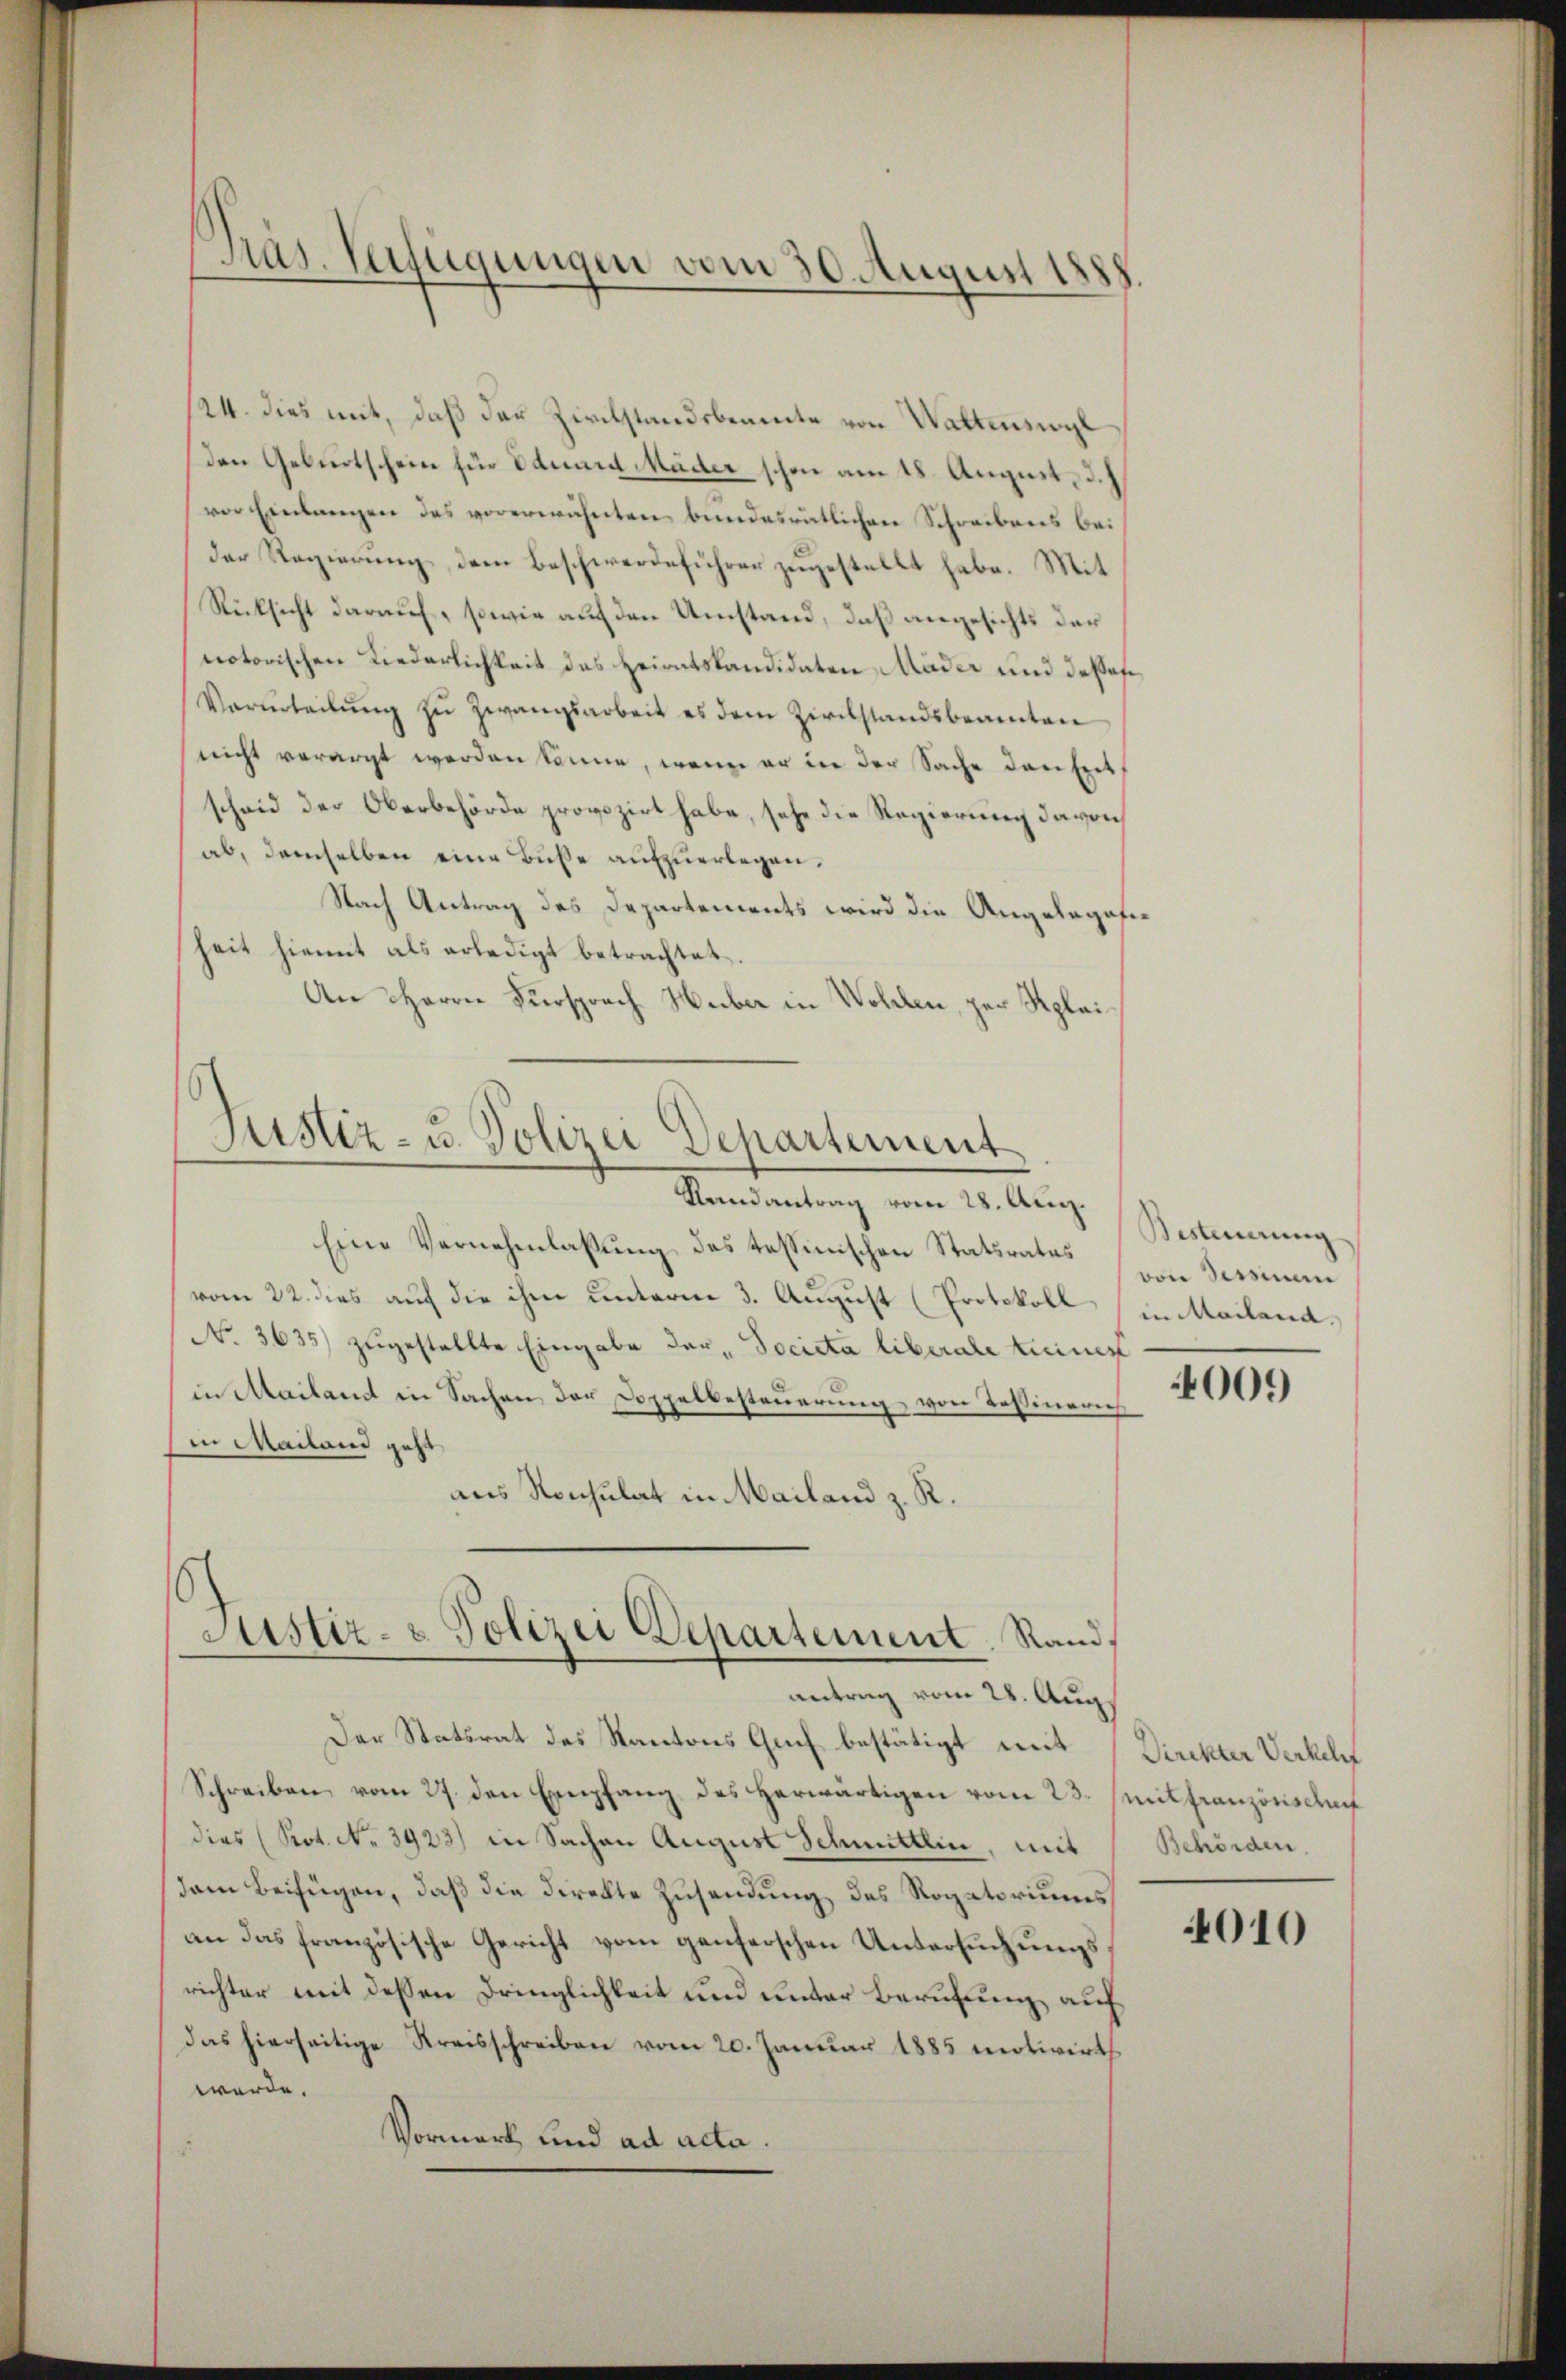
Pras. Verfügungen vom 30. August 1888

24. dies mit, daß der Zivilstandsbeamte von Waltenswyl
den Geburtschein für Eduard Mäder schon am 18. August, d.
vor Einlangen des vorerwähnten bundesrätlichen Schreibens bei
der Regierŭng dem Beschwerdeführer zugestellt habe. Mit
Rücksicht darauf, sowie auf den Umstand, daß angesichts der
notorischen Liederlichkeit des Heiratskandidaten Mäder und dessese
Vorurteilŭng zŭ zwangsarbeit es dem Zirchstandsbeamten
nicht verarzt werden könne, wenn er in der Sache derseit
scheid der Oberbehörde provozirt habe, sehe die Regierung davon
ab, demselben eine Buße aufzuerlegen.
Nach Antrag des Departements wird die Angelagefie
heit hiemit als erledigt betrachtet.
An Herrn Fürsprach Huber in Wolden, per plai

Justiz- u. Polizei Departement
Randantrag vom 28. Aug.

Eine Vernehmlassung des tessinischen Statsrates
vom 22. dies auf die ihm unterne 3. August (Protokoll in Mailand¬
No. 3635) zugestellte Eingabe der „Societa liberale keinest
in Mailand in Sachen der Doppelbesteuerung von Tessinerich
in Mailand geht
aus Rochulat in Mailand z. R.

6
Justiz- & Polizei Departement. Rand.
antrag vom 28. Aug.

Der Statsrat des Kantons Auch bestätigt mit Direkter Verkeln
Schreiben vom 27. den Empfang des herwärtigen vom 23. Mitfranzonis daf
dies (Rot. No 3923) in Sachen August Schmittlin, mit
dem Beifügen, daß die Direkte Zusendung des Rogatoriums
an das französische Gericht vom genferschen Untersuchungsrichter mit dessen Dringlichkeit und unter Berufung auf
das hierseitige Kreisschreiben vom 20. Januar 1885 motivirt
werde.
Vormerk und ad acta.

Besteuerung
von Sessine

009

Behörden.

4010